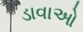
ડાવાઓ